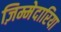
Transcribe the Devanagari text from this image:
ज़िम्मेदारिया